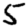
Digit: 5